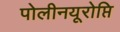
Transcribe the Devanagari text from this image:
पोलीनयूरोप्ति